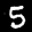
Label: 5